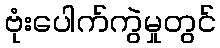
ဗုံးပေါက်ကွဲမှုတွင်